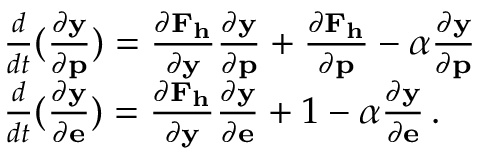
\begin{array} { r l } & { \frac { d } { d t } ( \frac { \partial \mathbf { y } } { \partial \mathbf { p } } ) = \frac { \partial \mathbf { F } _ { \mathbf { h } } } { \partial \mathbf { y } } \frac { \partial \mathbf { y } } { \partial \mathbf { p } } + \frac { \partial \mathbf { F } _ { \mathbf { h } } } { \partial \mathbf { p } } - \alpha \frac { \partial \mathbf { y } } { \partial \mathbf { p } } } \\ & { \frac { d } { d t } ( \frac { \partial \mathbf { y } } { \partial \mathbf { e } } ) = \frac { \partial \mathbf { F } _ { \mathbf { h } } } { \partial \mathbf { y } } \frac { \partial \mathbf { y } } { \partial \mathbf { e } } + 1 - \alpha \frac { \partial \mathbf { y } } { \partial \mathbf { e } } \, . } \end{array}